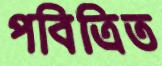
পবিত্রিত